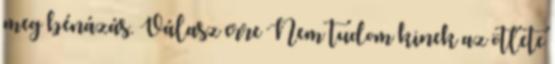
meg bénázás. Válasz erre Nem tudom kinek az ötlete